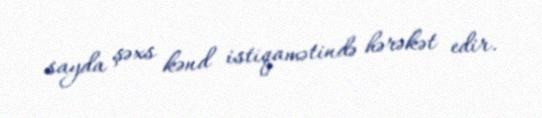
sayda şəxs kənd istiqamətində hərəkət edir.